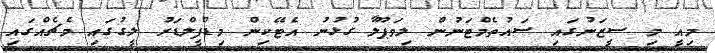
މިއީ މި ސީޒަނުގައި ސައުތެމްޓަނުން ލިވަޕޫލާ ގުޅުނު އެޓޭކިން މިޑްފީލްޑަރު ލީގުގައި މެޗެއްގައި